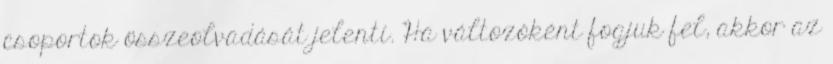
csoportok összeolvadását jelenti. Ha változóként fogjuk fel, akkor az